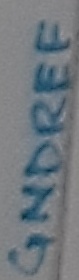
Text: GNDREF